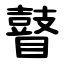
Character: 瞽